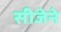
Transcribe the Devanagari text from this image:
सीजेने